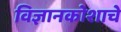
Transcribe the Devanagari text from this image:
विज्ञानकोशाचे